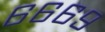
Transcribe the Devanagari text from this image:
६६६९